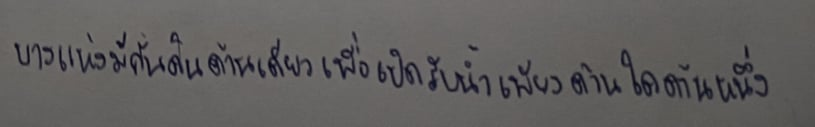
บางแห่งมีคันดินด้านเดียวเพื่อเปิดรับน้ำเพียงด้านใดด้านหนึ่ง